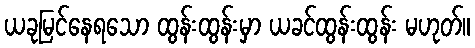
ယခုမြင်နေရသော ထွန်းထွန်းမှာ ယခင်ထွန်းထွန်း မဟုတ်။